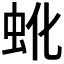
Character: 𬟹